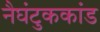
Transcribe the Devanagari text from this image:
नैघंटुककांड